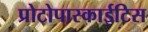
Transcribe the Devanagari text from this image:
प्रोटोपास्काईटिस